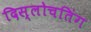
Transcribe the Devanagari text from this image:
दिस्लोचतिंग